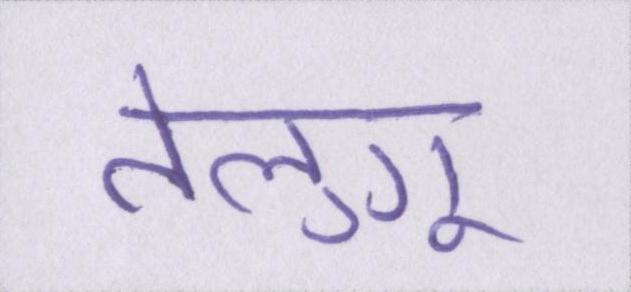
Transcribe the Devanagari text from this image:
तेलुगू